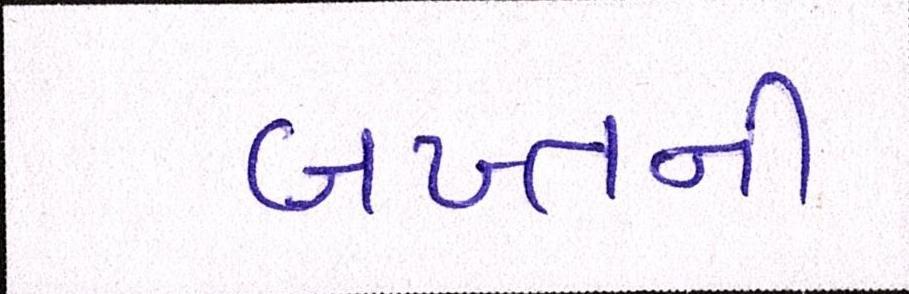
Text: બખ્તની